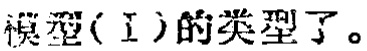
模型(\(I\))的类型了。